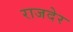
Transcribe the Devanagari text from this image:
राजदेर